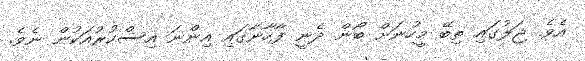
އެވެ. ޖަލުގައި ތިބޭ މީހުނަށް ބޯން ދެނީ ފާހާނާގައި އިންނަ އިސްކުރުއަކުން ނެވެ.